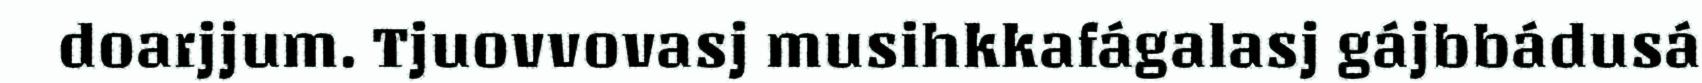
doarjjum. Tjuovvovasj musihkkafágalasj gájbbádusá